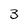
Character: 3